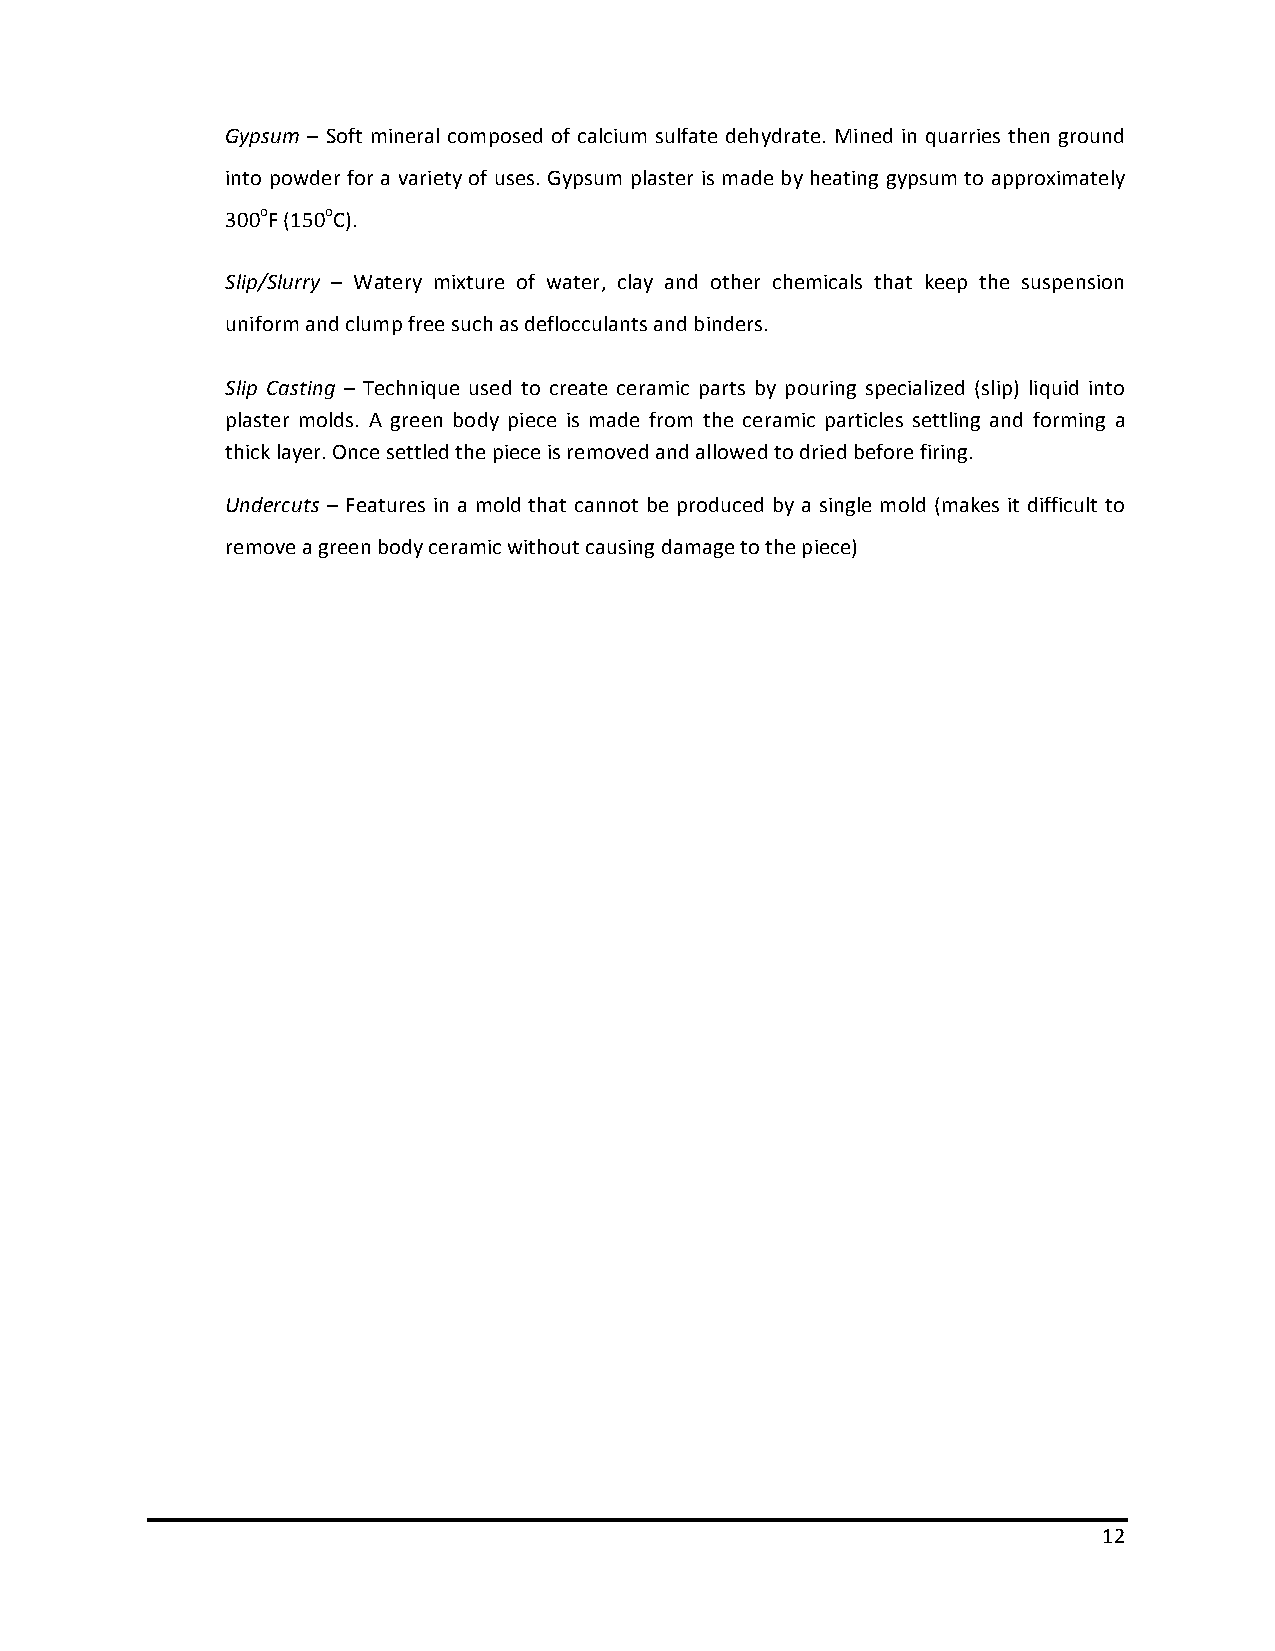
Gypsum – Soft mineral composed of calcium sulfate dehydrate. Mined in quarries then ground
 into powder for a variety of uses. Gypsum plaster is made by heating gypsum to approximately
 300oF (150oC).
 Slip/Slurry – Watery mixture of water, clay and other chemicals that keep the suspension
 uniform and clump free such as deflocculants and binders.
 Slip Casting – Technique used to create ceramic parts by pouring specialized (slip) liquid into
 plaster molds. A green body piece is made from the ceramic particles settling and forming a
 thick layer. Once settled the piece is removed and allowed to dried before firing.
 Undercuts – Features in a mold that cannot be produced by a single mold (makes it difficult to
 remove a green body ceramic without causing damage to the piece)
 12